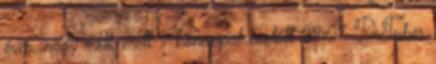
éves, nagy mell, érett 9 hónappal ezelőtt 22:07 DrTuber